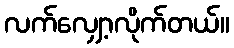
လက်လျှော့လိုက်တယ်။